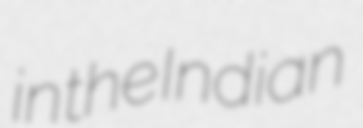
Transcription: in the Indian